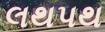
લથપથ